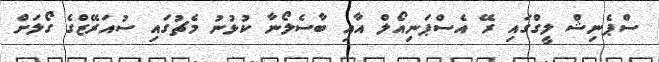
ސްޕެނިޝް ލީގްގައި ރޭ އެސްޕަނިއޯލް އާއި ބާސެލޯނާ ކުޅުނު މެޗުގައި ސުއަރޭޒްގެ ގޯލަށް